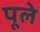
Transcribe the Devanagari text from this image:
पूले